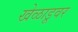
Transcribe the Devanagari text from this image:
खेळाडूवर